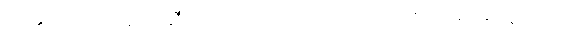
ဝေ၏ သတင်း မာနာ့ဆီမှ ကြားရတော့ လင်း စိတ်သက်သာရာ ရသွားသည်။